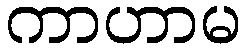
ကာဟာမ